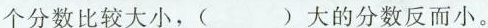
个分数比较大小，()大的分数反而小。